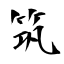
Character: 筑